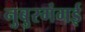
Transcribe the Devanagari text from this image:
नुबुरगंगई